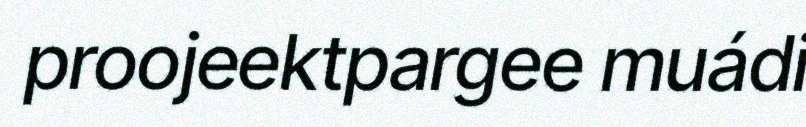
proojeektpargee muádi